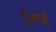
ઇનર